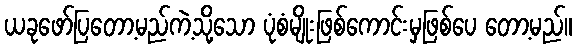
ယခုဖော်ပြတော့မည်ကဲ့သို့သော ပုံစံမျိုးဖြစ်ကောင်းမှဖြစ်ပေ တော့မည်။